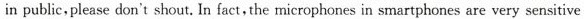
in public,please don't shout. In fact, the microphones in smartphones are very sensitive